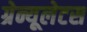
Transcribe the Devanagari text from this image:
ग्रेन्यूलेटस